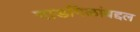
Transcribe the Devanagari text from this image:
गाडगिळांबद्दल